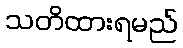
သတိထားရမည်